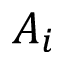
A _ { i }